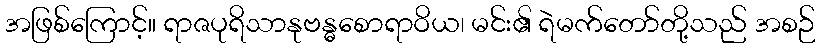
အဖြစ်ကြောင့်။ ရာဇပုရိသာနုဗန္ဓစောရာဝိယ၊ မင်း၏ ရဲမက်တော်တို့သည် အစဉ်